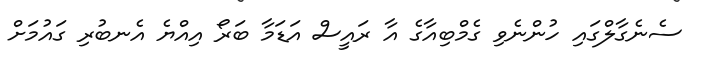
ސެނެގާލްގައި ހުންނެވި ގެމްބިއާގެ އާ ރައީސް އަޑަމާ ބަރޯ އިއްޔެ އެނބުރި ގައުމަށް